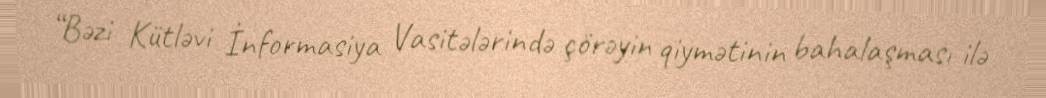
“Bəzi Kütləvi İnformasiya Vasitələrində çörəyin qiymətinin bahalaşması ilə